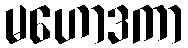
မဟောဒကာ